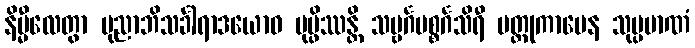
နိမ္မီလေတွာ ပုညာဘိသင်္ခါရာဒယောဝ ပုပ္ဖိဿန္တိ သဗ္ဗင်္ဂပစ္စင်္ဂသိရီ ပတ္တုကာမေန သုပ္ပမာဏံ